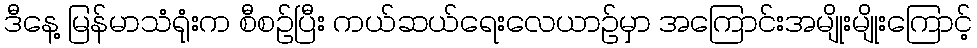
ဒီနေ့ မြန်မာသံရုံးက စီစဉ်ပြီး ကယ်ဆယ်ရေးလေယာဉ်မှာ အကြောင်းအမျိုးမျိုးကြောင့်